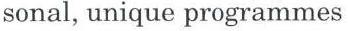
sonal, unique programmes